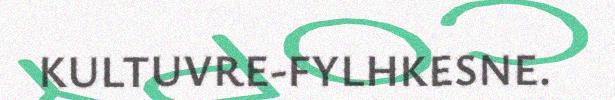
KULTUVRE-FYLHKESNE.